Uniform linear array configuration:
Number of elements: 16
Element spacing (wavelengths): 0.75
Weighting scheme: binomial
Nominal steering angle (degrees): -30
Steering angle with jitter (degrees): -30.127
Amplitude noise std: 0.05
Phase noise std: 0.05

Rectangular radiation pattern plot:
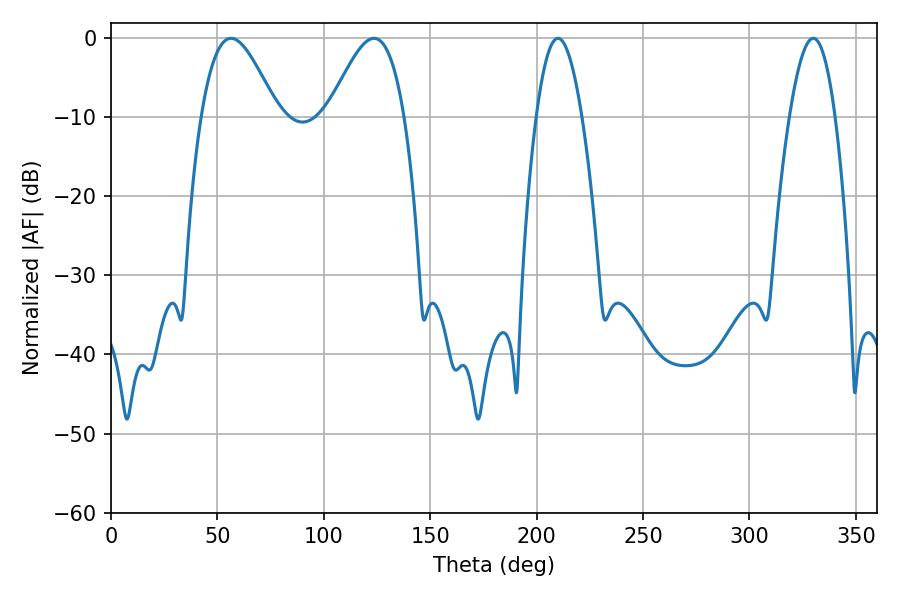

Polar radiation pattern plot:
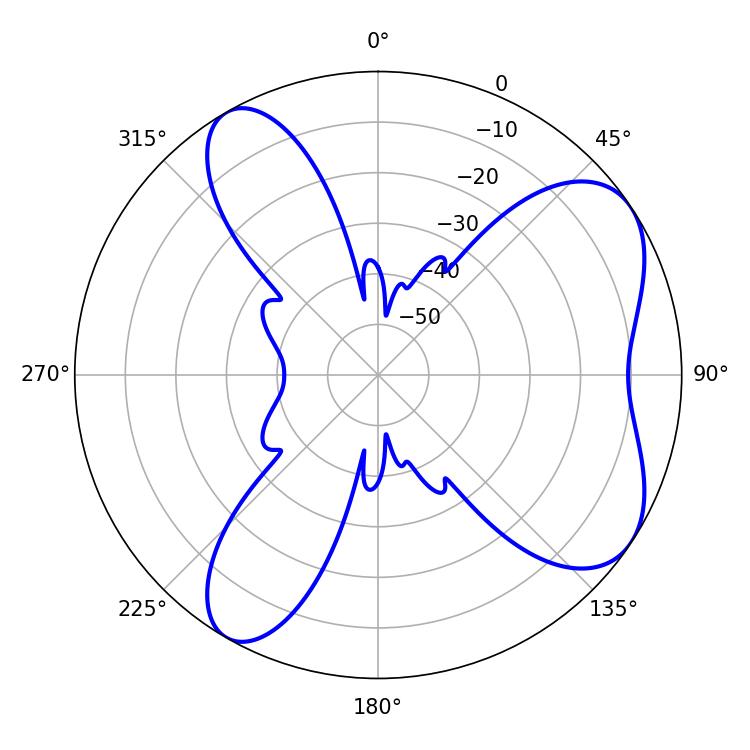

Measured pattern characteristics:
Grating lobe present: TRUE
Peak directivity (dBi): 6.701
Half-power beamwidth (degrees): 11.7
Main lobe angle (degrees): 210.06